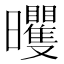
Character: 𣌗